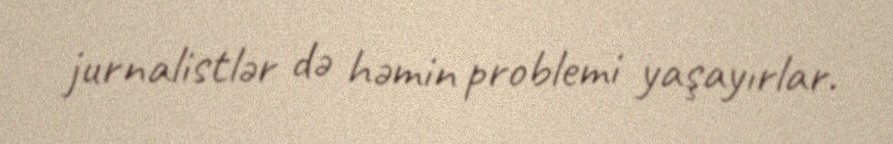
jurnalistlər də həmin problemi yaşayırlar.